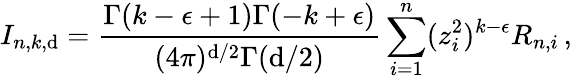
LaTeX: I_{n,k,\mathrm{d}}=\frac{{\Gamma(k-\epsilon+1)\Gamma(-k+\epsilon)}}{{(4\pi)^{\mathrm{d}/2}\Gamma(\mathrm{d}/2)}}\sum_{i=1}^{n}(z_{i}^{2})^{k-\epsilon}R_{n,i}\, ,